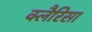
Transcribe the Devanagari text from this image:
क्लैरिसा